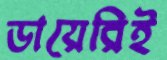
ডায়েরিই